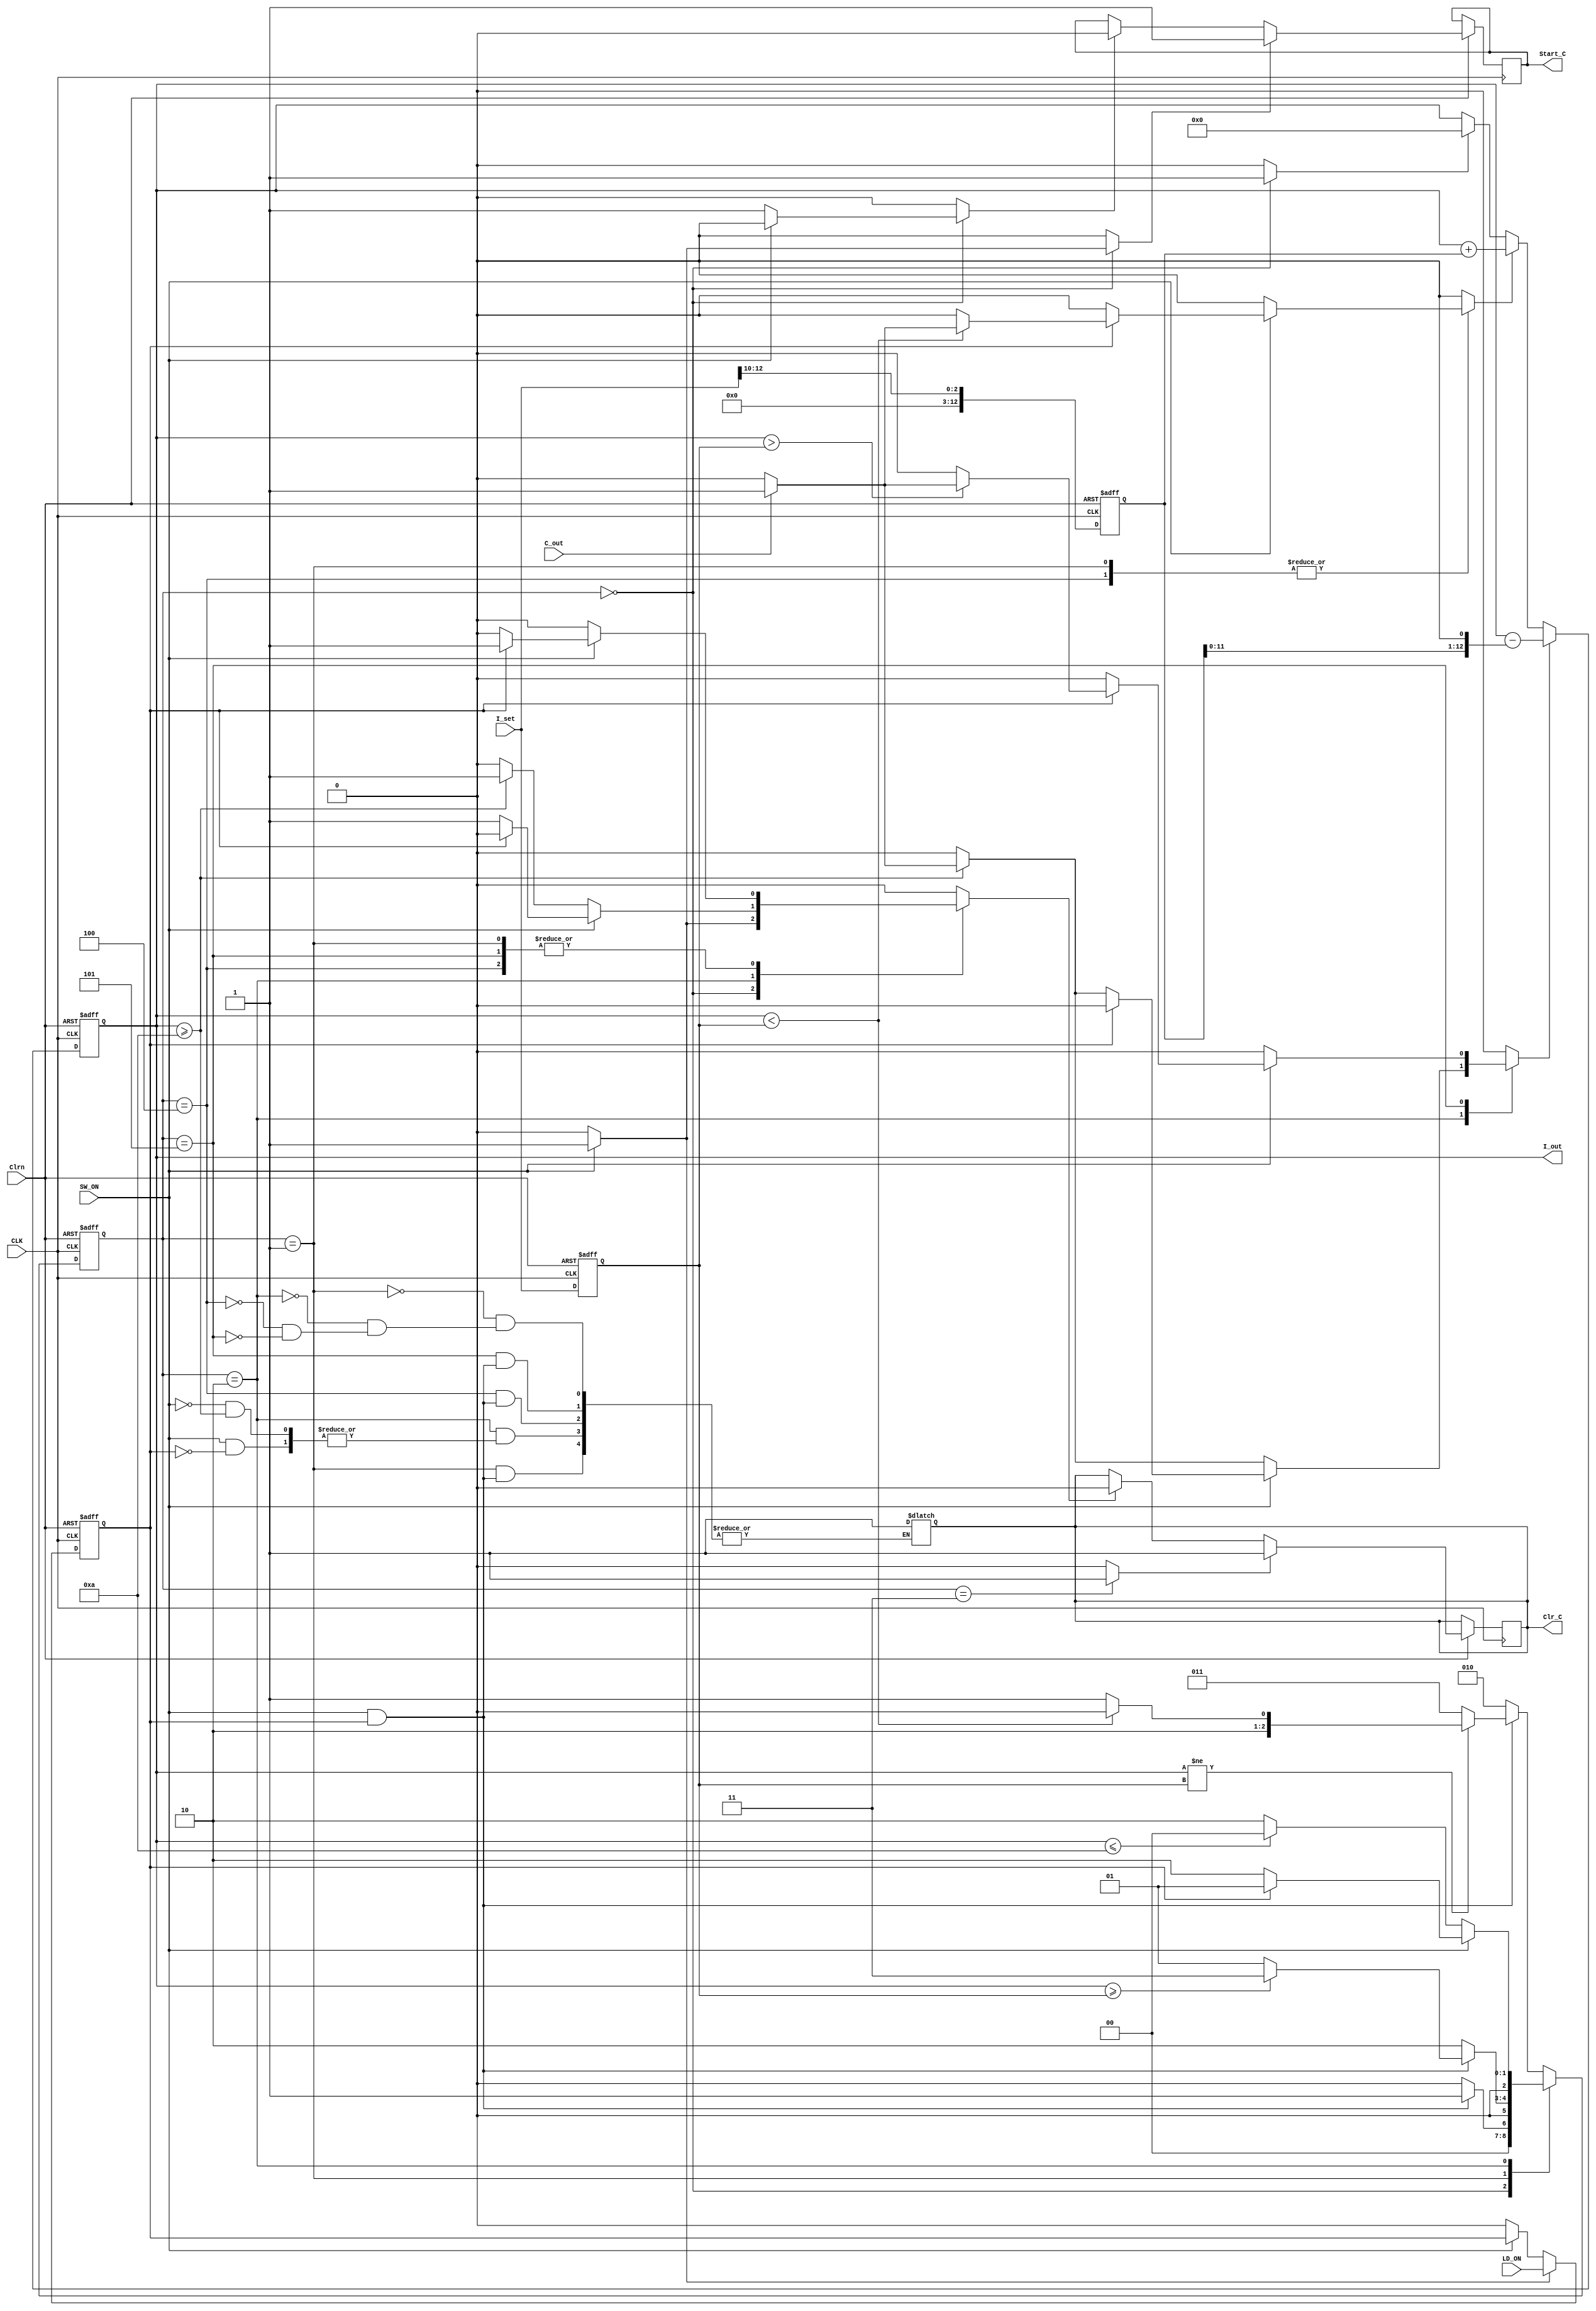
module LD_Driver_ASMD_v_jin(
   output reg [12:0] I_out,
   output reg Start_C,
   output reg Clr_C,
   input [12:0] I_set,
   input SW_ON, LD_ON, C_out,
   input CLK, Clrn
);
   reg LD_ON_reg; // store LD_ON
   reg [12:0] I_set_reg; //store i_set value
   reg [12:0] I_incr; // setting incremental
   reg [2:0] pstate, nstate;
   reg set_I_reg, set_I_incr, rst_LD, set_LD, clr_I_out, rst_Start_C, set_Start_C,
   rst_Clr_C, set_Clr_C, incr_I, decr_I;
   //Encode the states
   parameter S0=3'b000, S1=3'b001, S2=3'b010, S3=3'b011, S4=3'b100, S5=3'b101;

   //state transition
   always @(posedge CLK, negedge Clrn) begin
      if(~Clrn) pstate <= S0;
      else pstate <= nstate; //clocked operation
   end

   // code next state logic
   always @(SW_ON, LD_ON_reg, pstate, I_out, I_set_reg) begin
      case(pstate)
         S0:
         begin
            if(SW_ON & LD_ON_reg) nstate <= S1;
            else nstate <= S0;
         end

         S1:
         begin
           if(SW_ON & LD_ON_reg) begin
              if(I_out >= I_set_reg) nstate <= S3;
              else nstate <= S1;
           end
           else nstate <= S2;
         end

         S2:
         begin
            if(SW_ON) begin
               if(LD_ON_reg) nstate <= S1;
               else nstate <= S2;
            end
            else
               if(I_out <= 4'b1010) nstate <= S0;
               else nstate <= S2;
         end

         default:
         begin
            if(SW_ON & LD_ON_reg) begin
               if (I_out != I_set_reg) begin
                  if(I_out < I_set_reg) nstate <= S4; //i_set incr
                  else nstate <= S5;
               end
            else nstate <= S3;
           end
           else nstate <= S2;
         end
      endcase
   end

   always @(SW_ON, LD_ON_reg, pstate, I_out, I_set_reg) begin

      // default assignment
      rst_LD <= 1'b0;
      set_LD <= 1'b0;
      clr_I_out <= 1'b0;
      rst_Start_C <= 1'b0;
      set_Start_C <= 1'b0;
      rst_Clr_C <= 1'b0;
      set_Clr_C <= 1'b0;
      incr_I <= 1'b0;
      decr_I <= 1'b0;

      // if SW_ON == 0, set LD_ON_reg 1'b0
      if (SW_ON) set_LD <= 1'b1;
      else rst_LD <= 1'b1;
      set_I_reg <= 1'b1; // store i_set
      set_I_incr <= 1'b1; // divide by 1024(approx 1000)

      case (pstate)
         S0:
         begin
            clr_I_out <= 1'b1;
            if(SW_ON) begin
               set_Start_C <= 1'b1;
               rst_Clr_C <= 1'b1;
            end
            else rst_Start_C <= 1'b1;
         end

         S1:
         begin
            if(SW_ON) begin
               if(LD_ON_reg) begin
                  rst_Clr_C <= 1'b1;
                  if(I_out < I_set_reg) begin
                     if(C_out == 1'b1) begin
                        incr_I <= 1'b1;
                     end
                  end
                end
              else Clr_C <= 1'b1;
            end
            else Clr_C <= 1'b1;
          end

          S2:
          begin
             if(SW_ON) begin
                if(!LD_ON_reg) begin
                   rst_Clr_C <= 1'b1;
                   if(I_out >= 4'b1010) begin
                      if(C_out == 1'b1) begin
                         //multiple by 2
                         decr_I <= 1'b1;
                      end
                   end
                end
                else Clr_C <= 1'b1;
             end
             else begin
                if(I_out >= 4'b1010) begin
                   rst_Clr_C <= 1'b1;
                   if(C_out == 1'b1) begin
                      decr_I <= 1'b1;
                   end
                end
                else Clr_C <= 1'b1;
             end
          end

          S3:
             set_Clr_C <= 1'b1;

          S4:
          begin
             if(SW_ON) begin
                if(LD_ON_reg) begin
                   rst_Clr_C <= 1'b1;
                   if(I_out < I_set_reg) begin
                      if(C_out == 1'b1) begin
                         incr_I <= 1'b1;
                      end
                   end
                end
                else Clr_C <= 1'b1;
             end
             else Clr_C <= 1'b1;
          end

          S5:
          begin
             if(SW_ON) begin
                if(LD_ON_reg) begin
                   rst_Clr_C <= 1'b1;
                   if(I_out > I_set_reg) begin
                      if(C_out == 1'b1) begin
                         decr_I <= 1'b1;
                      end
                   end
                end
                else Clr_C <= 1'b1;
             end
             else Clr_C <= 1'b1;
          end
      endcase
   end

   //Register Transfer operation
   always @ ( posedge CLK, negedge Clrn ) begin
      if(~Clrn) begin
         I_out <= 13'b0;
         LD_ON_reg <= 1'b0;
         I_set_reg <= 13'b0;
         I_incr <= 13'b0;
      end
      else begin
         if(set_I_reg) I_set_reg <= I_set; //store i value
         if(set_I_incr) I_incr <= (I_set >> 10);  // make incr
         if(rst_LD) LD_ON_reg <= 1'b0;
         if(set_LD) LD_ON_reg <= LD_ON;
         if(clr_I_out) I_out <= 13'b0;
         if(rst_Start_C) Start_C <= 1'b0;
         if(set_Start_C) Start_C <= 1'b1;
         if(rst_Clr_C) Clr_C <= 1'b0;
         if(set_Clr_C) Clr_C <= 1'b1;
         if(incr_I) I_out <= I_out + I_incr;
         if(decr_I) I_out <= I_out - (I_incr << 1);
      end
   end
endmodule